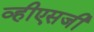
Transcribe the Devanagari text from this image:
व्हीएसजी